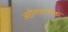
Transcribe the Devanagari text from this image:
अहोरात्रात्मक